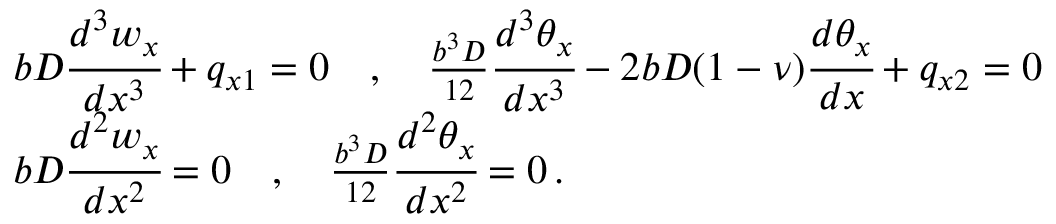
{ \begin{array} { r l } & { b D { \cfrac { d ^ { 3 } w _ { x } } { d x ^ { 3 } } } + q _ { x 1 } = 0 \quad , \quad { \frac { b ^ { 3 } D } { 1 2 } } { \cfrac { d ^ { 3 } \theta _ { x } } { d x ^ { 3 } } } - 2 b D ( 1 - \nu ) { \cfrac { d \theta _ { x } } { d x } } + q _ { x 2 } = 0 } \\ & { b D { \cfrac { d ^ { 2 } w _ { x } } { d x ^ { 2 } } } = 0 \quad , \quad { \frac { b ^ { 3 } D } { 1 2 } } { \cfrac { d ^ { 2 } \theta _ { x } } { d x ^ { 2 } } } = 0 \, . } \end{array} }